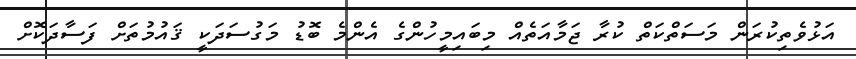
އަޅުވެތިކުރަން މަސަތްކަތް ކުރާ ޖަމާއަތެއް މިބައިމީހުންގެ އެންމެ ބޮޑު މަގުސަދަކީ ޤައުމުތަށް ފަސާދަކޮށް